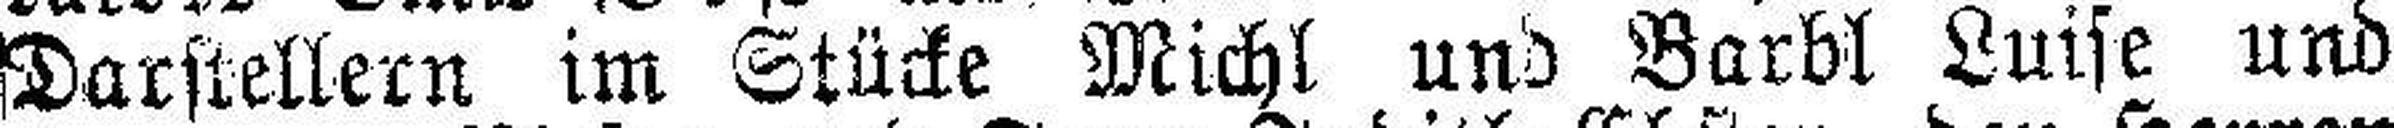
Darstellern im Stücke Michl und Barbl Luise und